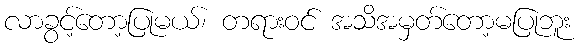
လာခွင့်တော့ပြုမယ်၊ တရားဝင် အသိအမှတ်တော့မပြုဘူး